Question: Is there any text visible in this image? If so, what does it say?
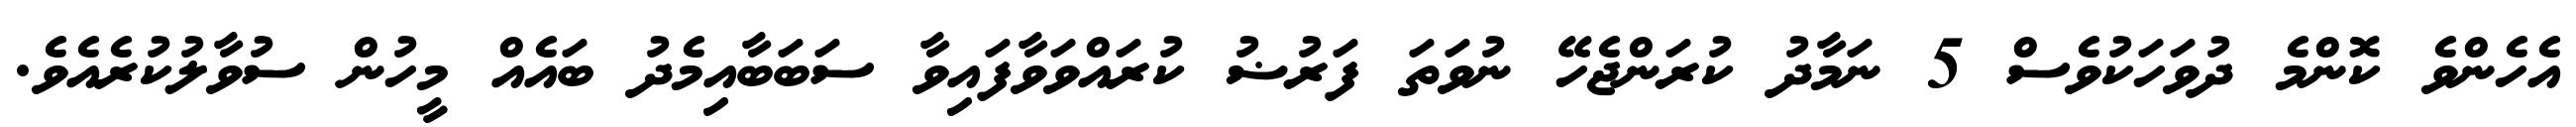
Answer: އެހެންވެ ކޮންމެ ދުވަހަކުވެސް 5 ނަމާދު ކުރަންޖެހޭ ނުވަތަ ފަރުޟު ކުރައްވަވާފައިވާ ސަބަބާއިމެދު ބައެއް މީހުން ސުވާލުކުރެއެވެ.